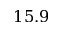
1 5 . 9